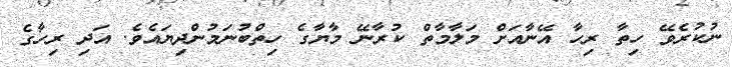
ނުކުރެވޭ ހިތާ ރިހާ އޭނާއަށް މަލާމާތް ކުރާނޭ މާޔާގެ ހިތްބުނަމުންދިޔައެވެ. އަދި ރިހާގެ